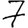
Digit: 7